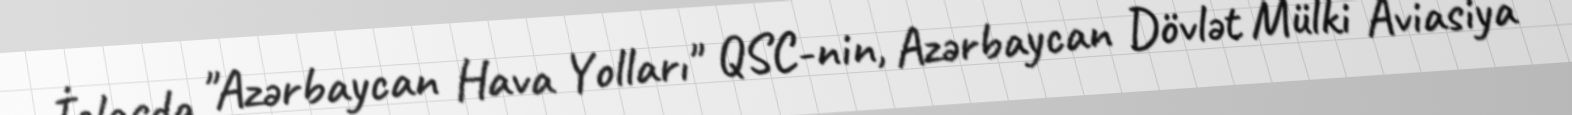
İclasda "Azərbaycan Hava Yolları" QSC-nin, Azərbaycan Dövlət Mülki Aviasiya